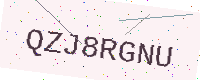
Text: QZJ8RGNU